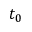
t _ { 0 }